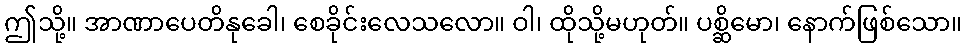
ဤသို့။ အာဏာပေတိနုခေါ၊ စေခိုင်းလေသလော။ ဝါ၊ ထိုသို့မဟုတ်။ ပစ္ဆိမော၊ နောက်ဖြစ်သော။